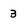
Character: 3